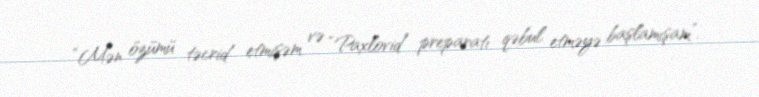
“Mən özümü təcrid etmişəm və “Paxlovid” preparatı qəbul etməyə başlamışam”.